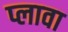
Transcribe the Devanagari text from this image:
प्लावा